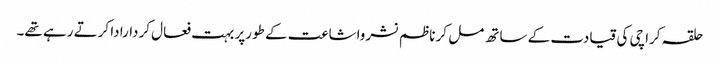
حلقہ کراچی کی قیادت کے ساتھ مل کر ناظم نشرواشاعت کے طورپر بہت فعال کردارادا کرتے رہے تھے۔